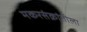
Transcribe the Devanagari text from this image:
मकरसंक्रांतीला